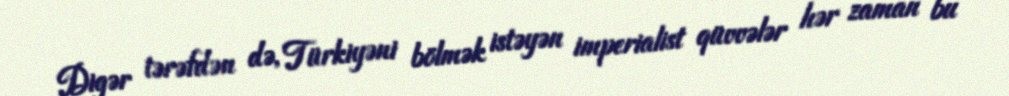
Digər tərəfdən də, Türkiyəni bölmək istəyən imperialist qüvvələr hər zaman bu